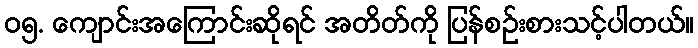
၀၅. ကျောင်းအကြောင်းဆိုရင် အတိတ်ကို ပြန်စဉ်းစားသင့်ပါတယ်။